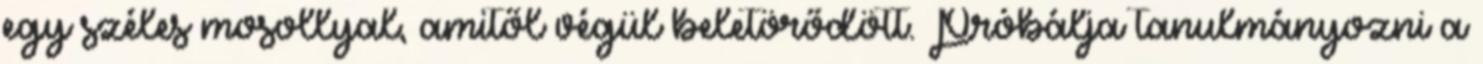
egy széles mosollyal, amitől végül beletörődött. Próbálja tanulmányozni a